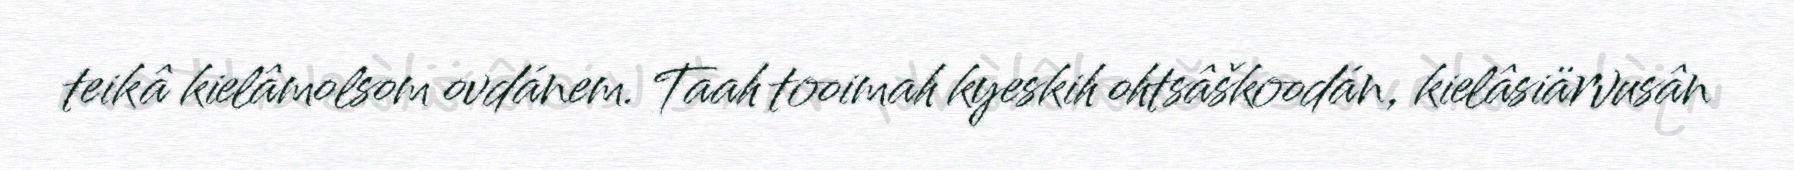
teikâ kielâmolsom ovdánem. Taah tooimah kyeskih ohtsâškoodán, kielâsiärvusân